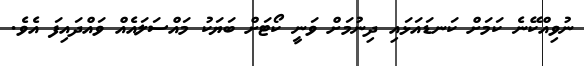
ނުވިއްކޭނެ ކަމަށް ކަނޑައަޅައި ދިނުމަށް ވަނީ ކޯޓަށް ބަޔަކު މައްސަލައެއް ވައްދައިފަ އެވެ.